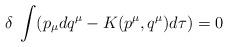
\begin{align*}\delta\;\int(p_{\mu}dq^{\mu}-K(p^{\mu},q^{\mu})d\tau)=0 \end{align*}